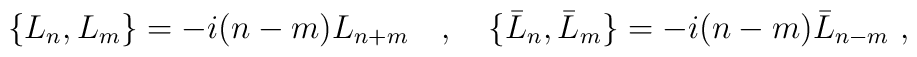
\{L_n,L_m\}=-i(n-m)L_{n+m}\ \ \ ,\ \ \ \{\bar{L}_n,\bar{L}_m\}=-i(n-m)\bar{L}_{n-m}\ ,